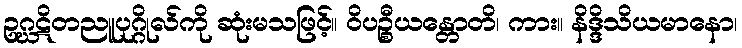
ဥဂ္ဃဋိတညူပုဂ္ဂိုလ်ကို ဆုံးမသဖြင့်။ ဝိပဉ္စီယန္တောတိ၊ ကား။ နိဒ္ဒိသိယမာနော၊